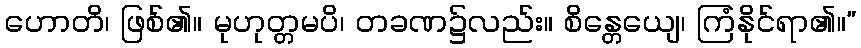
ဟောတိ၊ ဖြစ်၏။ မုဟုတ္တမပိ၊ တခဏ၌လည်း။ စိန္တေယျေ၊ ကြံနိုင်ရာ၏။”